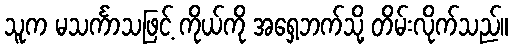
သူက မသင်္ကာသဖြင့် ကိုယ်ကို အရှေ့ဘက်သို့ တိမ်းလိုက်သည်။